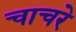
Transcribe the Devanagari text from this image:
चाचरे